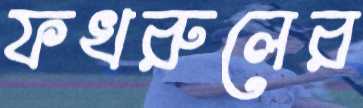
ফখরুলের